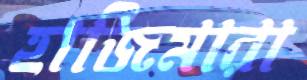
হাজিমারা